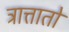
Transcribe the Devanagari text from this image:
त्रात्तातो